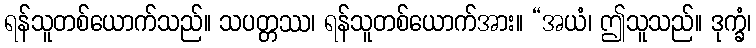
ရန်သူတစ်ယောက်သည်။ သပတ္တဿ၊ ရန်သူတစ်ယောက်အား။ “အယံ၊ ဤသူသည်။ ဒုက္ခံ၊